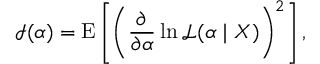
{ \mathcal { I } } ( \alpha ) = \operatorname { E } \left[ \left( { \frac { \partial } { \partial \alpha } } \ln { \mathcal { L } } ( \alpha \mid X ) \right) ^ { 2 } \right] ,